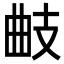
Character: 𢻅